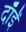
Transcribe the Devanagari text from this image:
दाँईं